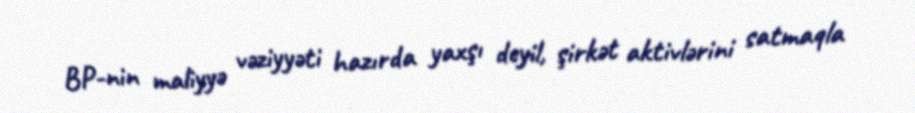
BP-nin maliyyə vəziyyəti hazırda yaxşı deyil, şirkət aktivlərini satmaqla